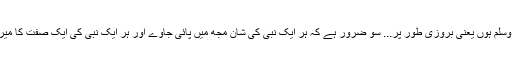
میں محمد صلی اللہ علیہ وسلم ہوں یعنی بروزی طور پر... سو ضرور ہے کہ ہر ایک نبی کی شان مجھ میں پائی جاوے اور ہر ایک نبی کی ایک صفت کا میرے ذریعہ سے ظہور ہو۔